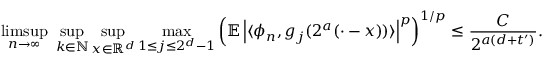
\operatorname* { l i m s u p } _ { n \to \infty } \ \operatorname* { s u p } _ { k \in \mathbb { N } } \operatorname* { s u p } _ { x \in \mathbb { R } ^ { d } } \operatorname* { m a x } _ { 1 \le j \le 2 ^ { d } - 1 } \left( \mathbb { E } \left| \langle \phi _ { n } , g _ { j } ( 2 ^ { a } ( \cdot - x ) ) \rangle \right| ^ { p } \right) ^ { 1 / p } \le \frac { C } { 2 ^ { a ( d + t ^ { \prime } ) } } .